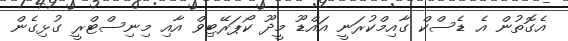
އެގޮތުން އެ ޑެސްކް ގާއިމްކުރަނީ އައްޑޫ މީދޫ ކޯޕަރޭޓިވް އާއި މިނިސްޓްރީ ގުޅިގެން